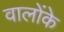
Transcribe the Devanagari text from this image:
वालोंके